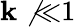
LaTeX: \mathbf{k}\not{\ll}1